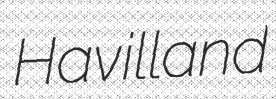
Havilland